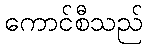
ကောင်စီသည်